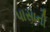
પાસાની